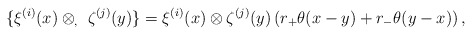
\begin{align*}\{ \xi^{(i)} (x) \otimes_, \ \zeta^{(j)} (y) \}= \xi^{(i)} (x) \otimes \zeta^{(j)} (y)\left( r_+ \theta (x-y) + r_- \theta (y-x) \right) ,\end{align*}